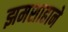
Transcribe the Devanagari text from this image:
झमशाहाने